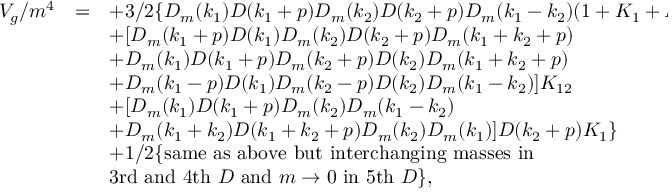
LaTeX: \begin{array} { r c l } { { V _ { g } / m ^ { 4 } } } & { { = } } & { { \displaystyle + 3 / 2 \{ D _ { m } ( k _ { 1 } ) D ( k _ { 1 } + p ) D _ { m } ( k _ { 2 } ) D ( k _ { 2 } + p ) D _ { m } ( k _ { 1 } - k _ { 2 } ) ( 1 + K _ { 1 } + K _ { 1 2 } ) } } \\ { { } } & { { } } & { { \displaystyle + [ D _ { m } ( k _ { 1 } + p ) D ( k _ { 1 } ) D _ { m } ( k _ { 2 } ) D ( k _ { 2 } + p ) D _ { m } ( k _ { 1 } + k _ { 2 } + p ) } } \\ { { } } & { { } } & { { \displaystyle + D _ { m } ( k _ { 1 } ) D ( k _ { 1 } + p ) D _ { m } ( k _ { 2 } + p ) D ( k _ { 2 } ) D _ { m } ( k _ { 1 } + k _ { 2 } + p ) } } \\ { { } } & { { } } & { { \displaystyle + D _ { m } ( k _ { 1 } - p ) D ( k _ { 1 } ) D _ { m } ( k _ { 2 } - p ) D ( k _ { 2 } ) D _ { m } ( k _ { 1 } - k _ { 2 } ) ] K _ { 1 2 } } } \\ { { } } & { { } } & { { \displaystyle + [ D _ { m } ( k _ { 1 } ) D ( k _ { 1 } + p ) D _ { m } ( k _ { 2 } ) D _ { m } ( k _ { 1 } - k _ { 2 } ) } } \\ { { } } & { { } } & { { \displaystyle + D _ { m } ( k _ { 1 } + k _ { 2 } ) D ( k _ { 1 } + k _ { 2 } + p ) D _ { m } ( k _ { 2 } ) D _ { m } ( k _ { 1 } ) ] D ( k _ { 2 } + p ) K _ { 1 } \} } } \\ { { } } & { { } } & { { \displaystyle + 1 / 2 \{ \mathrm { s a m e ~ a s ~ a b o v e ~ b u t ~ i n t e r c h a n g i n g ~ m a s s e s ~ i n ~ } } } \\ { { } } & { { } } & { { \displaystyle \mathrm { 3 r d ~ a n d ~ 4 t h ~ } D \mathrm { ~ a n d ~ } m \to 0 \mathrm { ~ i n ~ 5 t h ~ } D \} , } } \end{array}